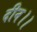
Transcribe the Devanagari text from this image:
दीन।।